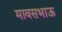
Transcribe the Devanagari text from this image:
मावसभाऊ